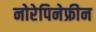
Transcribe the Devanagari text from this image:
नोरेपिनेफ्रीन